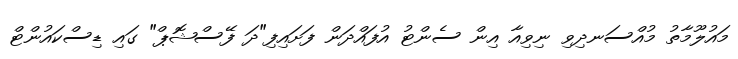
މައުލޫމާތު މުއްސަނދިވި ނިވިއާ އިން ސެންޓު އުފައްދަން ފަށައިފި"ދަ ފޭސްޝޮޕް" ގައި ޑިސްކައުންޓް